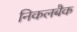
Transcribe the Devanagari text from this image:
निकलबैक